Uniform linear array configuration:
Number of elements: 4
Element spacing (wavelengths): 0.5
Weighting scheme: cosine
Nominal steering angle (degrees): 60
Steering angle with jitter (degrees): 58.496
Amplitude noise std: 0.05
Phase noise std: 0.05

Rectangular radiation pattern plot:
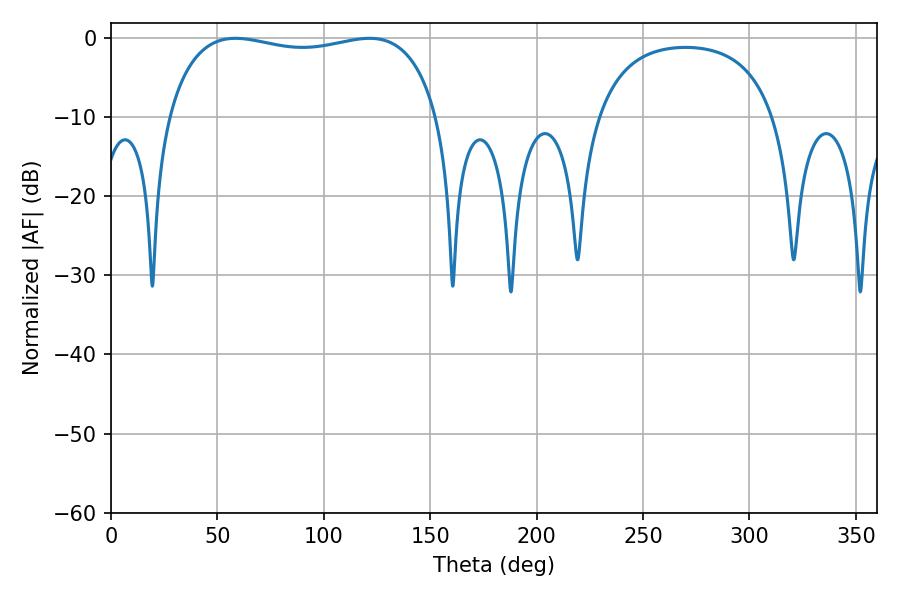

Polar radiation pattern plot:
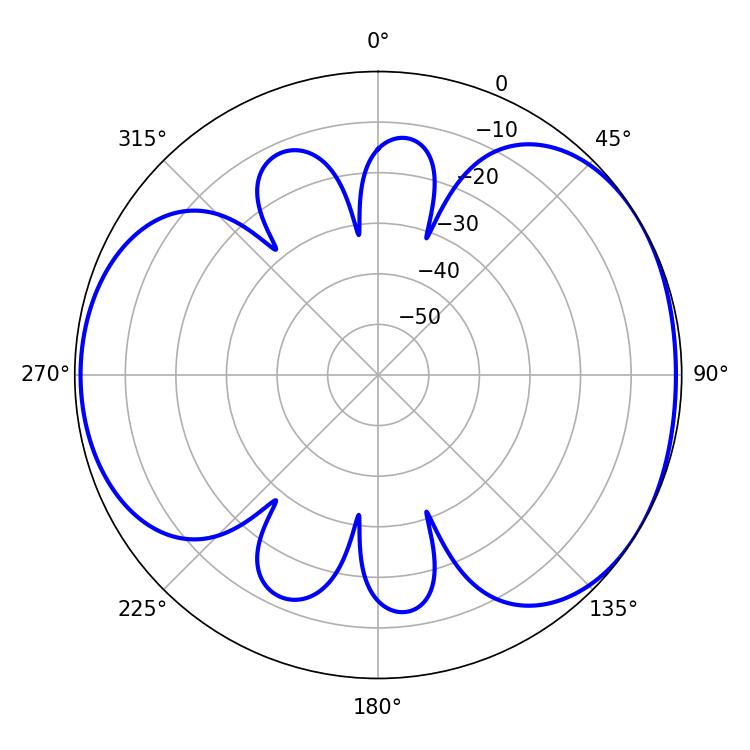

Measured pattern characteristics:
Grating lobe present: FALSE
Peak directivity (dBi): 4.578
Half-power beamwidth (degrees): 103.32
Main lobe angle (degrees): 58.5